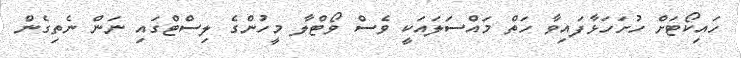
ހައިކޯޓަށް ހުށަހަޅާފައިވާ ހަތް މައްސަލައަކީ ވެސް ވޯޓްލާ މީހުންގެ ލިސްޓްގައި ނަން ނެތިގެން